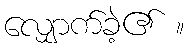
လျှောက်ခဲ့၏ ။